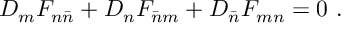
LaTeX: D _ { m } F _ { n \bar { n } } + D _ { n } F _ { \bar { n } m } + D _ { \bar { n } } F _ { m n } = 0 \ .